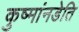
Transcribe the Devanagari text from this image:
कुष्मांनडेति